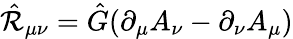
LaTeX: \hat{\cal R}_{\mu\nu}=\hat{G}(\partial_{\mu}A_{\nu}-\partial_{\nu}A_{\mu})